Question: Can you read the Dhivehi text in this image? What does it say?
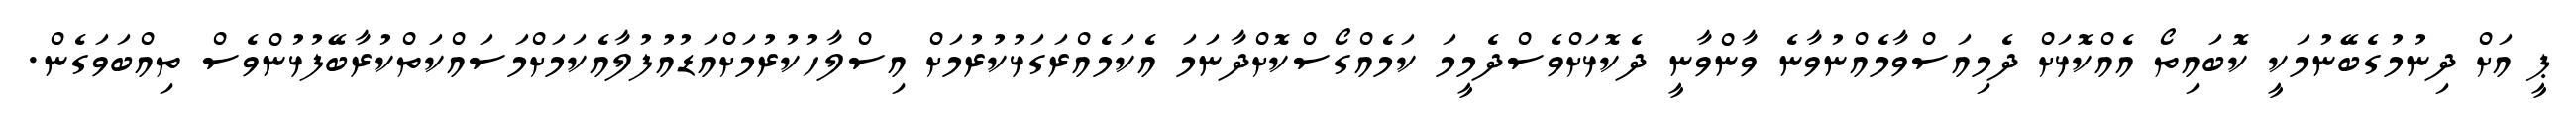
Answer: ޕީ އަށް ދިނުމުގެބޭނުމަކީ ކޮބައިތޯ އެއްކޮޅަށް ދެމިއަސްވާމެއްނުވާނެ ވާންވާނީ ދެކޮޅަށްވެސްދެމީމަ ކަމެއްގޯސްކޮށްދާނަމަ އެކަމެއްރަގަޅުކުރުމަށް އިސްލާހުކުރުމަށްއަޑުއުފުލާއެކަމަށްމަސައްކަތްކުރާބޭފުޅުންވެސް ތިއްބަވަގެން.